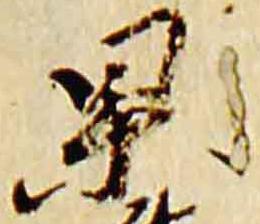
杲